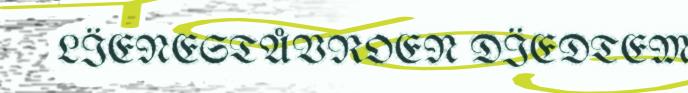
LÏENESTÅVROEN DÏEDTEM